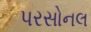
પરસોનલ